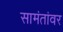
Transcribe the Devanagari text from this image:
सामंतांवर